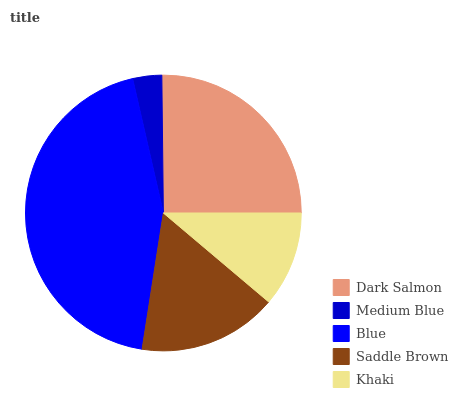
| Dark Salmon | Medium Blue | Blue | Saddle Brown | Khaki |
 | --- | --- | --- | --- | --- |
 | 25.2% | 3.41% | 44% | 16.3% | 11.2% |